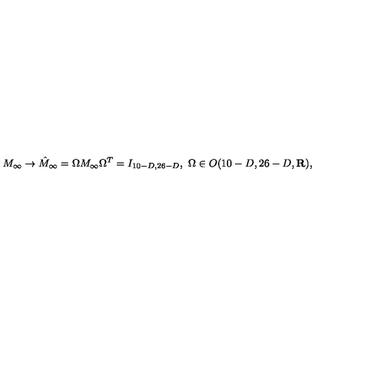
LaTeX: M _ { \infty } \to \hat { M } _ { \infty } = \Omega M _ { \infty } \Omega ^ { T } = I _ { 1 0 - D , 2 6 - D } , \ \Omega \in O ( 1 0 - D , 2 6 - D , { \bf R } ) ,